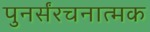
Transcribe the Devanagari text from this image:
पुनर्संरचनात्मक